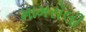
મામરોલી